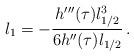
LaTeX: \begin{align*} l_{1} = - \frac {h'''(\tau) l_{1/2}^3} {6 h''(\tau) l_{1/2} }\, . \end{align*}